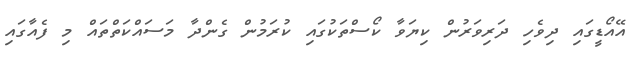
އޭއޯޑީގައި ދިވެހި ދަރިވަރުން ކިޔަވާ ކޯސްތަކުގައި ކުރަމުން ގެންދާ މަސައްކަތްތައް މި ފެއާގައި